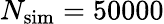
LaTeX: N_{\mathrm{sim}}=50000